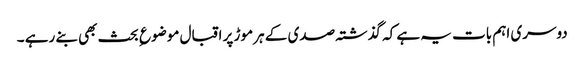
دوسری اہم بات یہ ہے کہ گذشتہ صدی کے ہر موڑ پر اقبال موضوع ِ بحث بھی بنے رہے ۔